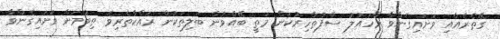
ގޭތެރެއާއި ވަށައިގެންވާ މާހައުލު ސާފުތާހިރުކަން މަތީ ބޭއްވުން ބަލިތަކުން ރައްކާތެރިވެ ތިބުމަށް ވަށައިގެންވާ